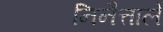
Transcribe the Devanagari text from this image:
निनैत्ताले